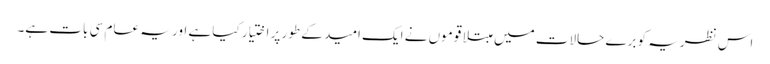
اس نظریہ کو برے حالات میں مبتلا قوموں نے ایک امید کے طور پر اختیار کیا ہے اور یہ عام سی بات ہے۔